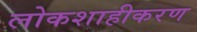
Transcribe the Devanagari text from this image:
लोकशाहीकरण